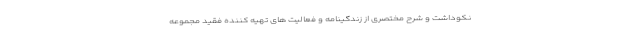
نکوداشت و شرح مختصری از زندگینامه و فعالیت های تهیه کننده فقید مجموعه